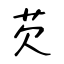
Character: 芡